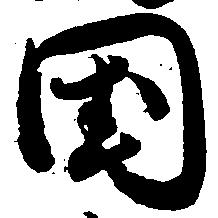
国